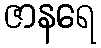
ဇာနရေ